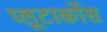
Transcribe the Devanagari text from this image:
प्लूटार्कोस